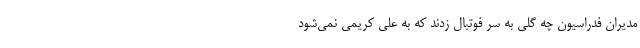
مدیران فدراسیون چه گلی به سر فوتبال زدند که به علی کریمی نمی‌شود